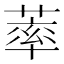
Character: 䔞